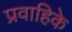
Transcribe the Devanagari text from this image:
प्रवाहिके